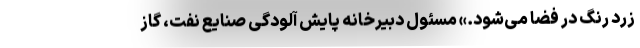
زرد رنگ در فضا می‌شود.» مسئول دبیرخانه پایش آلودگی صنایع نفت، گاز